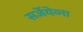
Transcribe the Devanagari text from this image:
सर्जेयेव्ना